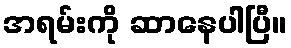
အရမ်းကို ဆာနေပါပြီ။